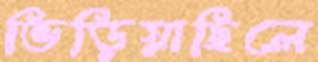
ভিড়িয়াছিলে